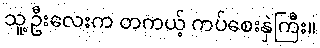
သူ့ဦးလေးက တကယ့် ကပ်စေးနှဲကြီး။